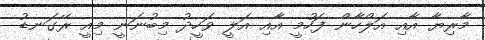
މާރިޔާ އާއި އަލްހާން ފަހުމީ އާއި އަލީ ވަހީދު މިބުނަނީ މިއީ ރޭގަނޑު